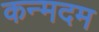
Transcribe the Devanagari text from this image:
कन्मदम